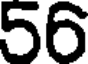
56